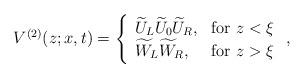
LaTeX: \begin{align*} V^{(2)}(z;x,t)=\left\{ \begin{array}{ll} \widetilde{U}_L\widetilde{U}_0\widetilde{U}_R, & \hbox{for }z<\xi \\ \widetilde{W}_L\widetilde{W}_R, & \hbox{for }z>\xi \end{array} \right.,\end{align*}